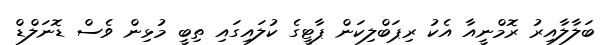
ބަލާލާއިރު ރޮމްނީއާ އެކު ރިޕަބްލިކަން ޕާޓީގެ ކުލައިގައި ތިބީ މުޅިން ވެސް ޑޮނަލްޑް